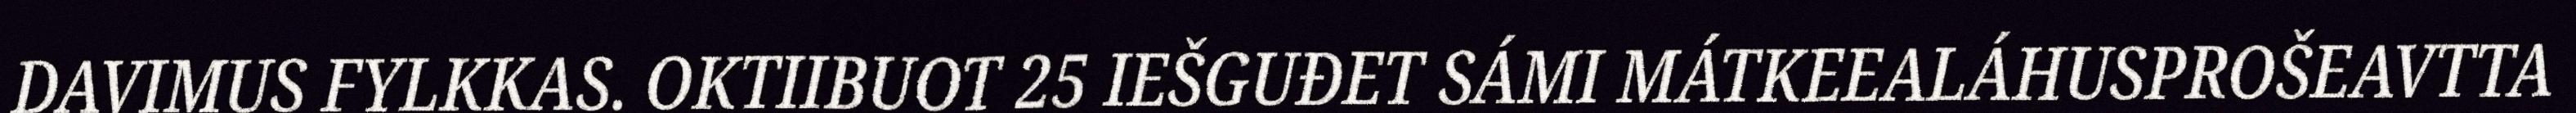
DAVIMUS FYLKKAS. OKTIIBUOT 25 IEŠGUĐET SÁMI MÁTKEEALÁHUSPROŠEAVTTA